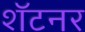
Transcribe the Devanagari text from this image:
शॅटनर